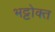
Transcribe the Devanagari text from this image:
भट्टोक्त